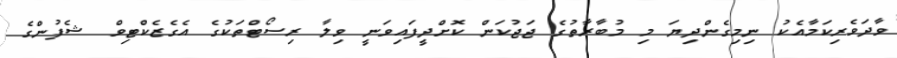
ވާދަވެރިކަމާއެކު ނިމިގެންދިޔަ މި މުބާރާތުގެ ޖަޖުކަން ކޮށްދީފައިވަނީ ވިލާ ރިސޯޓްތަކުގެ އެގެޒެކްޓިވް ޝެފުންގެ